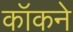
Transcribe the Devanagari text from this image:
कॉकने